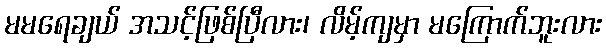
မမရေချယ် အသင့်ဖြစ်ပြီလား၊ လိမ့်ကျမှာ မကြောက်ဘူးလား